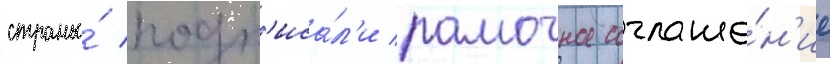
страны́ подп'иса́л'и рамочное соглаше́н'ие